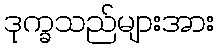
ဒုက္ခသည်များအား